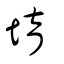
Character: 堉